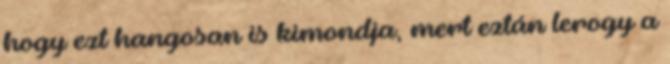
hogy ezt hangosan is kimondja, mert eztán lerogy a